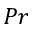
P r